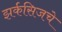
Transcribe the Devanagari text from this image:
झर्कसिजचे